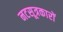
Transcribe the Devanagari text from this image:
नटसूत्रकारों